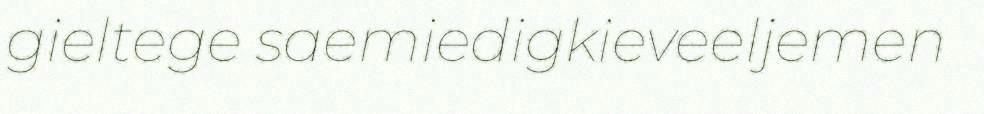
gieltege saemiedigkieveeljemen